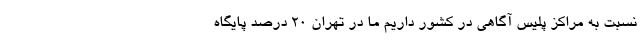
نسبت به مراکز پلیس آگاهی در کشور داریم ما در تهران ۲۰ درصد پایگاه